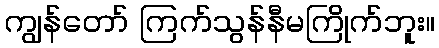
ကျွန်တော် ကြက်သွန်နီမကြိုက်ဘူး။